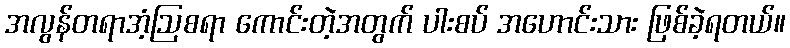
အလွန်တရာအံ့ဩစရာ ကောင်းတဲ့အတွက် ပါးစပ် အဟောင်းသား ဖြစ်ခဲ့ရတယ်။